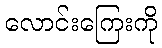
လောင်းကြေးကို